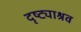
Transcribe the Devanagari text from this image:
दृष्ट्याश्रव